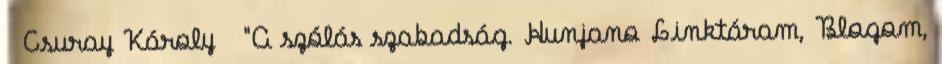
Csuray Károly "A szólás szabadság. Hunjano Linktáram, Blogom,